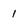
Character: 1